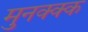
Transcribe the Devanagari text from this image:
मुनक्क्क